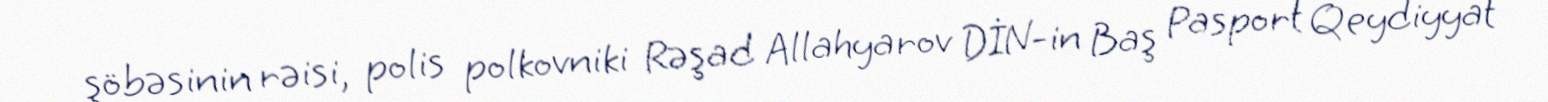
şöbəsinin rəisi, polis polkovniki Rəşad Allahyarov DİN-in Baş Pasport Qeydiyyat